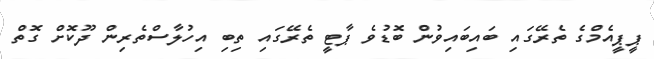
ޕީޕީއެމްގެ ތެރޭގައި ބައިބައިވުން ބޮޑުވެ ޕާޓީ ތެރޭގައި ތިބި އިހުލާސްތެރިން ދޫކޮށް ގޮތް